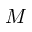
M